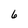
Character: 6